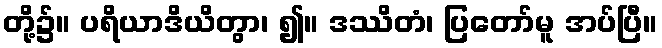
တို့၌။ ပရိယာဒိယိတွာ၊ ၍။ ဒဿိတံ၊ ပြတော်မူ အပ်ပြီ။